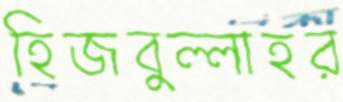
হিজবুল্লাহর